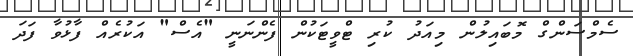
ސެމްސަންގް މޮބައިލުން މިއަދު ކުރި ޓްވީޓަކުން ފެންނަނީ "އެސް" އަކުރެއް ފާޅުވާ ފަދަ